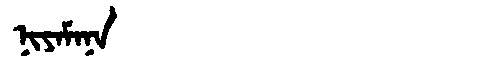
Manchu: ᠨᡳᠶᠠᠮᠠᠨᠠ
Romanization: NIYAMANA